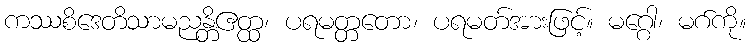
ကဿစိဒေတိသာမညန္တိဧတ္ထ၊ ပရမတ္တတော၊ ပရမတ်အားဖြင့်။ မဂ္ဂေါ၊ မဂ်ကို။